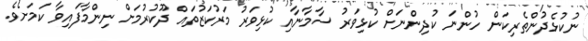
ނުކުޅެދުންތެރިކަން ހުންނަ ކުދިންނަށް ކުޅިވަރު ސާމާނާއި ކުޅިވަރު މަރުކަޒުތައް ދޫކުރުމަށް ނިންމާފައިވާ ކަމަށެވެ.